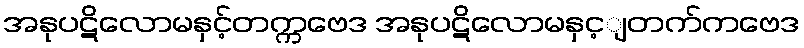
အနုပဋိလောမနှင့်တက္ကဗေဒ အနုပဋိလောမနှင့ျတက်ကဗေဒ